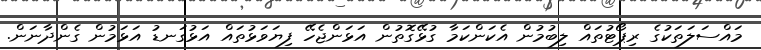
މައްސަލަތަކުގެ ރިޕޯޓުތައް ލިބުމުން އެކަންކަމާ ގުޅޭގޮތުން އަޅަންޖެހޭ ފިޔަވަޅުތައް އަޅުގަނޑު އަޅަމުން ގެންދާނަން.